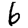
Digit: 6